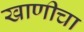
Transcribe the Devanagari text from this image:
खाणीचा